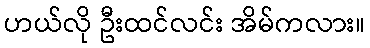
ဟယ်လို ဦးထင်လင်း အိမ်ကလား။